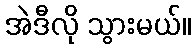
အဲဒီလို သွားမယ်။